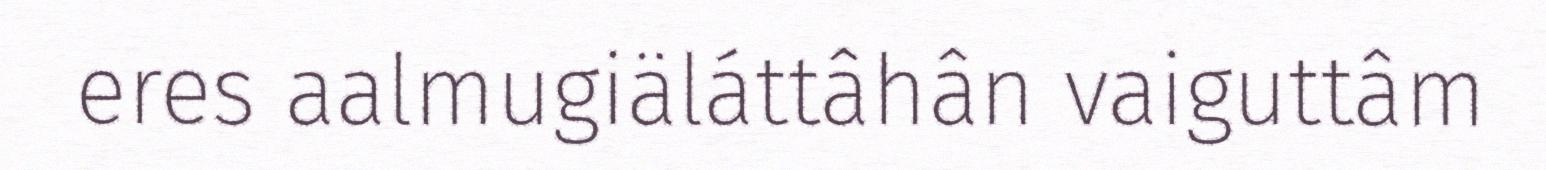
eres aalmugiäláttâhân vaiguttâm